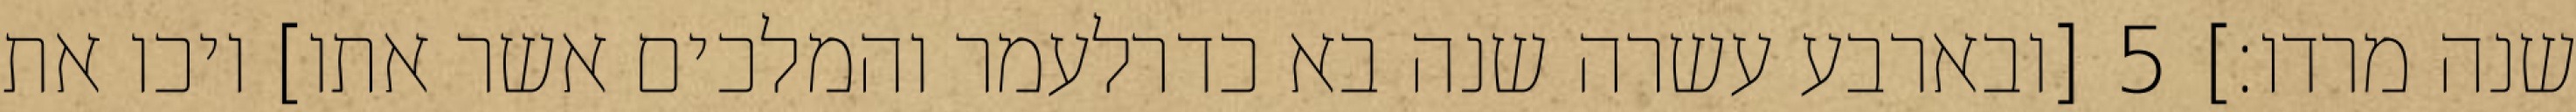
שנה מרדו׃] ‎5‏ [ובארבע עשרה שנה בא כדרלעמר והמלכים אשר אתו] ויכו את